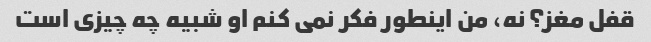
قفل مغز؟ نه، من اینطور فکر نمی کنم او شبیه چه چیزی است